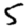
Digit: 5